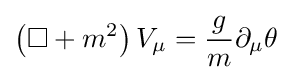
\left(\Box +m^{2}\right)V_{\mu }={\frac {g}{m}}\partial _{\mu }\theta